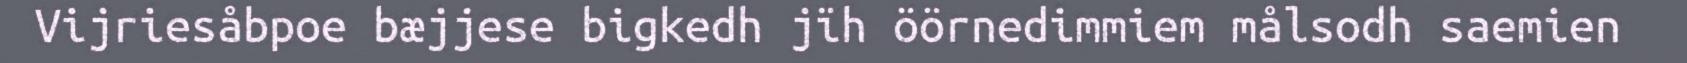
Vijriesåbpoe bæjjese bigkedh jïh öörnedimmiem målsodh saemien